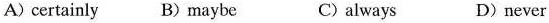
A) certainly B)maybe C)always D)never